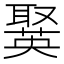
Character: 𦗘